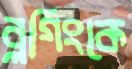
ব্লগিংকে